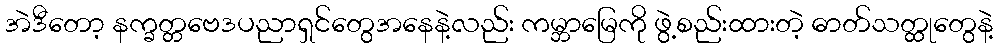
အဲဒီတော့ နက္ခတ္တဗေဒပညာရှင်တွေအနေနဲ့လည်း ကမ္ဘာမြေကို ဖွဲ့စည်းထားတဲ့ ဓာတ်သတ္ထုတွေနဲ့